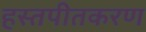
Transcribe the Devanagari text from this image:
हस्तपीतकरण